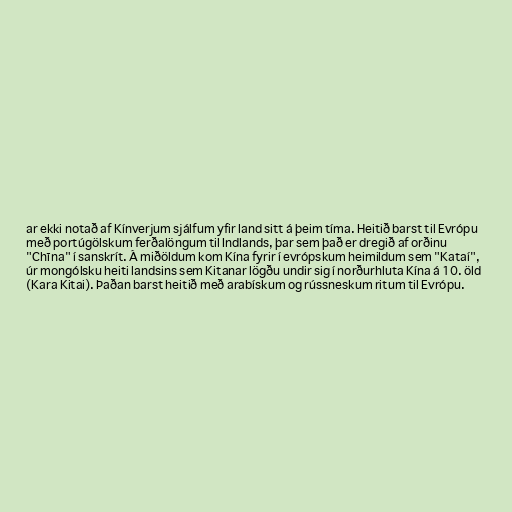
ar ekki notað af Kínverjum sjálfum yfir land sitt á þeim tíma. Heitið barst til Evrópu
með portúgölskum ferðalöngum til Indlands, þar sem það er dregið af orðinu
"Chīna" í sanskrít. Á miðöldum kom Kína fyrir í evrópskum heimildum sem "Kataí",
úr mongólsku heiti landsins sem Kitanar lögðu undir sig í norðurhluta Kína á 10. öld
(Kara Kitai). Þaðan barst heitið með arabískum og rússneskum ritum til Evrópu.